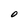
Character: O